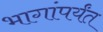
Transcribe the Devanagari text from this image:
भागांपर्यंत